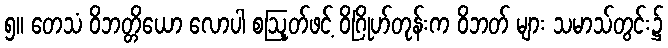
၅။ တေသံ ဝိဘတ္တိယော လောပါ စဩုတ်ဖင့် ဝိဂြိုဟ်တုန်းက ဝိဘတ် များ သမာသ်တွင်း၌